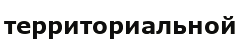
территориальной